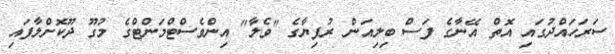
ސަރަހައްދުގައި އޮތް އޭނާގެ ފަސް ބިލިއަން ރުފިޔާގެ "ވެލާ" އިންވެސްޓްމަންޓްގެ މުގޫ ދޫކޮށްލާފައި